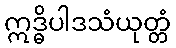
ဣဒ္ဓိပါဒသံယုတ္တံ